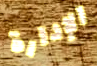
الإدارة